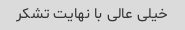
خیلی عالی با نهایت تشکر